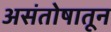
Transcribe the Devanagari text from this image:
असंतोषातून